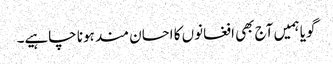
گویا ہمیں آج بھی افغانوں کا احسان مند ہونا چاہیے۔